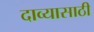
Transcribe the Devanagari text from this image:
दाव्यासाठी